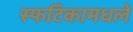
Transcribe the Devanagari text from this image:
स्फटिकामधले